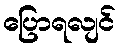
ပြောရလျင်